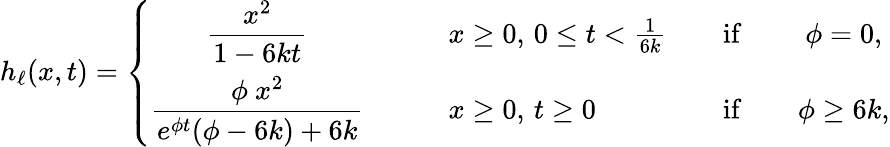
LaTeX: h_{\ell}(x,t)=\left\{ \begin{array}{clcc}{\displaystyle\frac{x^{2}}{1-6kt}}&{\qquad x\geq 0,\, 0\leq t<\frac{1}{6k}}&{\quad\mathrm{if}\quad}&{\phi=0,}\\ {\displaystyle\frac{\phi\ x^{2}}{e^{\phi t}(\phi-6k)+6k}}&{\qquad x\geq 0,\, t\geq 0}&{\quad\mathrm{if}\quad}&{\phi\geq 6k,}\end{array}\right.